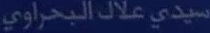
سيدي-علاء-البحرا